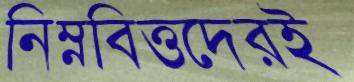
নিম্নবিত্তদেরই